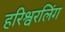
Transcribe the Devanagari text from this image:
हरिश्वरलिंग